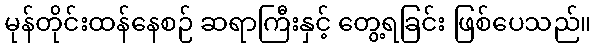
မုန်တိုင်းထန်နေစဉ် ဆရာကြီးနှင့် တွေ့ရခြင်း ဖြစ်ပေသည်။